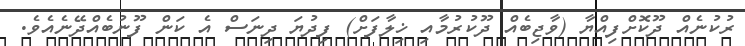
ރުކުނެއް ދޫކޮށްފިއްޔާ (ވާޖިބެއް ދޫކުރުމާއި ޚިލާފަށް) ފިދުޔަ ދިނަސް އެ ކަން ފޫނުބެއްދޭނެއެވެ.